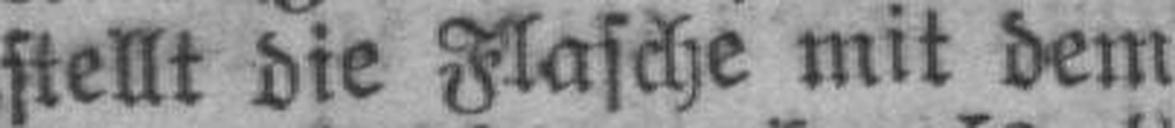
stellt die Flasche mit dem